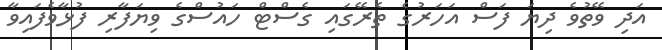
އަދި ވޭތުވެ ދިޔަ ފަސް އަހަރުގެ ތެރޭގައި ގެސްޓް ހައުސްގެ ވިޔަފާރި ފުޅާވެފައިވާ